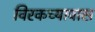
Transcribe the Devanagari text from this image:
विरकच्यावास